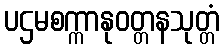
ပဌမစက္ကာနုဝတ္တနသုတ္တံ